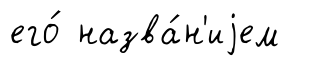
его́ назва́н'иjем